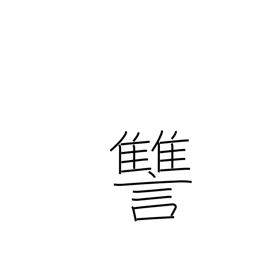
Meaning: revenge